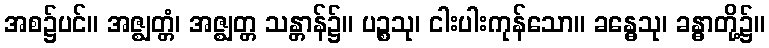
အစ၌ပင်။ အဇ္ဈတ္တံ၊ အဇ္ဈတ္တ သန္တာန်၌။ ပဉ္စသု၊ ငါးပါးကုန်သော။ ခန္ဓေသု၊ ခန္ဓာတို့၌။